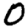
Digit: 0